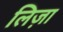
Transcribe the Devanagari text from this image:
लिज़ा